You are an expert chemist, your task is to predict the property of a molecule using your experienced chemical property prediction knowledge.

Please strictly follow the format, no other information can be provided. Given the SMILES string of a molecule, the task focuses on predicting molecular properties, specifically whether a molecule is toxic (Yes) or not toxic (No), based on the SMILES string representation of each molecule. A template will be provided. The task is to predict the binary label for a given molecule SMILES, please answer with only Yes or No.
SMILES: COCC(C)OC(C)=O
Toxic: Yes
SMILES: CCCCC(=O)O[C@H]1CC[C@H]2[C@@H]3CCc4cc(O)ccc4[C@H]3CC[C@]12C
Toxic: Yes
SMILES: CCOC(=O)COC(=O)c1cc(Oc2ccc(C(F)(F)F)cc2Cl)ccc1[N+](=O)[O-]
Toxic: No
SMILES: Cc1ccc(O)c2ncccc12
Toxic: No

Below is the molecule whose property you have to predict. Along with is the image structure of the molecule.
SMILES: CCc1cccc2c(CCO)c[nH]c12
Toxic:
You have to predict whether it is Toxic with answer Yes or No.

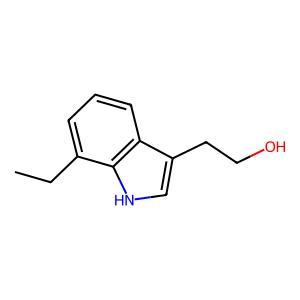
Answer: No